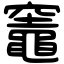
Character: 竈